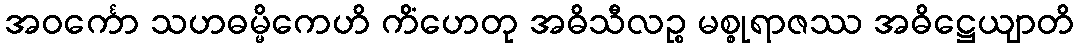
အဝင်္ကော သဟဓမ္မိကေဟိ ကိံဟေတု အဓိသီလဉ္စ မစ္စုရာဇဿ အဓိဋ္ဌေယျာတိ